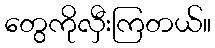
တွေကိုလှီးကြတယ်။